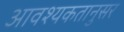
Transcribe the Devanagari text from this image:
आवश्यकतानुसर